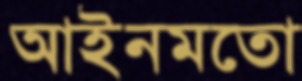
আইনমতো